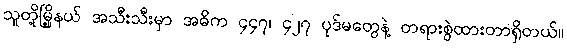
သူတို့မြို့နယ် အသီးသီးမှာ အဓိက ၄၄၇၊ ၄၂၇ ပုဒ်မတွေနဲ့ တရားစွဲထားတာရှိတယ်။